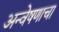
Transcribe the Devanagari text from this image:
अन्वेषणाचा